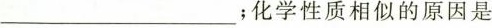
____________；化学性质相似的原因是